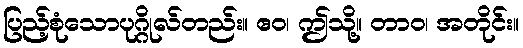
ပြည့်စုံသောပုဂ္ဂိုလ်တည်း။ ဧဝ၊ ဤသို့။ တာဝ၊ အတိုင်း။